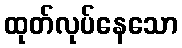
ထုတ်လုပ်နေသော